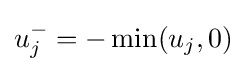
u_{j}^{-}=-\min(u_{j},0)